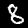
Label: 8